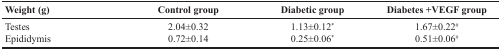
<table><thead><tr><td><b>Weight (g)</b></td><td><b>Control group</b></td><td><b>Diabetic group</b></td><td><b>Diabetes +VEGF group</b></td></tr></thead><tbody><tr><td>Testes</td><td>2.04±0.32</td><td>1.13±0.12<sup>*</sup></td><td>1.67±0.22<sup>#</sup></td></tr><tr><td>Epididymis</td><td>0.72±0.14</td><td>0.25±0.06<sup>*</sup></td><td>0.51±0.06<sup>#</sup></td></tr></tbody></table>